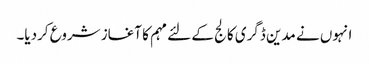
انہوں نے مدین ڈگری کالج کے لئے مہم کا آغاز شروع کردیا۔